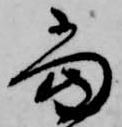
当